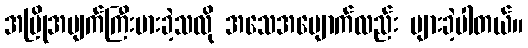
အပြိုအပျက်ကြီးမားခဲ့သလို အသေအပျောက်လည်း များခဲ့ပါတယ်။